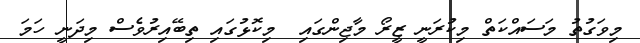
މިވަގުތު މަސައްކަތް މިކުރަނީ ޒީރޯ މާޖިންގައި  މިކޮޅުގައި ތިބޭއިރުވެސް މިދަނީ ހަމަ